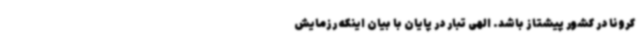
کرونا در کشور پیشتاز باشد. الهی تبار در پایان با بیان اینکه رزمایش